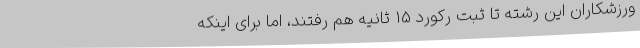
ورزشکاران این رشته تا ثبت رکورد 15 ثانیه هم رفتند، اما برای اینکه